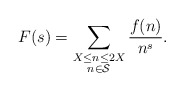
\begin{align*}F(s) = \sum_{\substack{X \leq n \leq 2X \\ n \in \mathcal{S}}} \frac{f(n)}{n^s}.\end{align*}